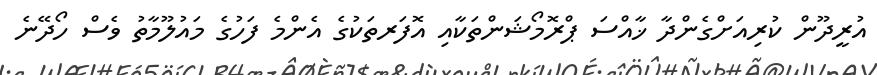
އުރީދޫން ކުރިއަށްގެންދާ ޚާއްސަ ޕްރޮމޯޝަންތަކާއި އޮފަރތަކުގެ އެންމެ ފަހުގެ މައުލޫމާތު ވެސް ހޯދޭނެ